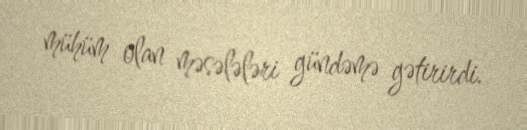
mühüm olan məsələləri gündəmə gətirirdi.